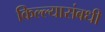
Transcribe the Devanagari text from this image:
किल्ल्यासंबधी